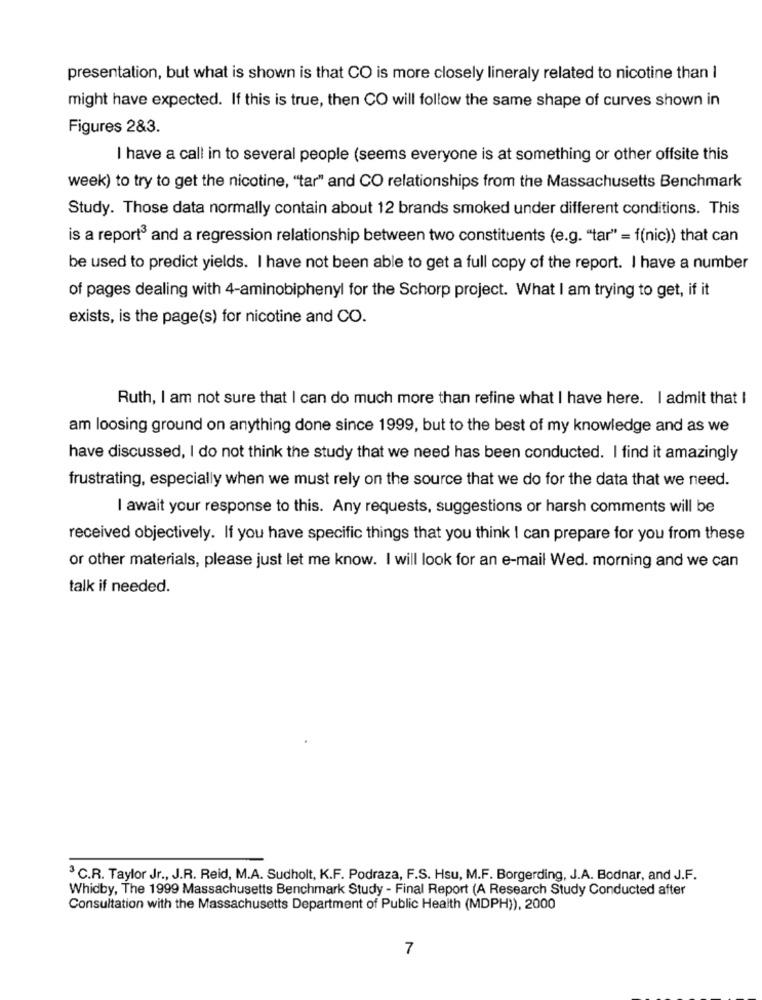
presentation, but what is shown is that CO is more closely lineraly related to nicotine than I
might have expected. If this is true, then CO will follow the same shape of curves shown in
Figures 2&3.
I have a call in to several people (seems everyone is at something or other offsite this
week) to try to get the nicotine, "tar" and CO relationships from the Massachusetts Benchmark
Study. Those data normally contain about 12 brands smoked under different conditions. This
is a report3 and a regression relationship between two constituents (e.g. "tar" = f(nic)) that can
be used to predict yields. I have not been able to get a full copy of the report. I have a number
of pages dealing with 4-aminobiphenyl for the Schorp project. What I am trying to get, if it
exists, is the page(s) for nicotine and CO.
Ruth, I am not sure that I can do much more than refine what I have here. I admit that I
am loosing ground on anything done since 1999, but to the best of my knowledge and as we
have discussed, I do not think the study that we need has been conducted. I find it amazingly
frustrating, especially when we must rely on the source that we do for the data that we need.
I await your response to this. Any requests, suggestions or harsh comments will be
received objectively. If you have specific things that you think I can prepare for you from these
or other materials, please just let me know. I will look for an e-mail Wed. morning and we can
talk if needed.
3 C.R. Taylor Jr ., J.R. Reid, M.A. Sudholt, K.F. Podraza, F.S. Hsu, M.F. Borgerding, J.A. Bodnar, and J.F.
Whidby, The 1999 Massachusetts Benchmark Study - Final Report (A Research Study Conducted after
Consultation with the Massachusetts Department of Public Health (MDPH)), 2000
7